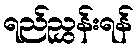
ရည်ညွှန်းရန်